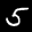
Label: 5